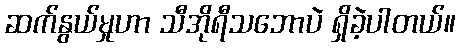
ဆက်နွယ်မှုဟာ သီအိုရီသဘောပဲ ရှိခဲ့ပါတယ်။